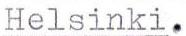
Helsinki.